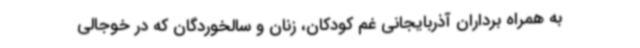
به همراه برداران آذربایجانی غم کودکان، زنان و سالخوردگان که در خوجالی